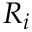
R _ { i }